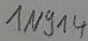
Text: 1N914